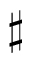
\sharp